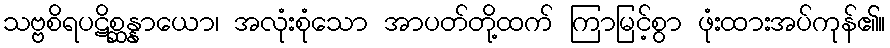
သဗ္ဗစိရပဋိစ္ဆန္နာယော၊ အလုံးစုံသော အာပတ်တို့ထက် ကြာမြင့်စွာ ဖုံးထားအပ်ကုန်၏။